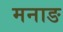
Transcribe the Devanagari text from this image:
मनाङ